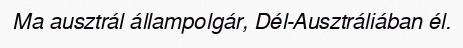
Ma ausztrál állampolgár, Dél-Ausztráliában él.